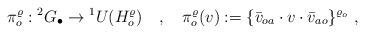
LaTeX: \begin{align*}\pi^\varrho_o : {}^2G_\bullet \to {}^1U(H^\varrho_o)\ \ \ , \ \ \ \pi^\varrho_o(v) := \{ \bar{v}_{oa} \cdot v \cdot \bar{v}_{ao} \}^{\varrho_o} \ ,\end{align*}